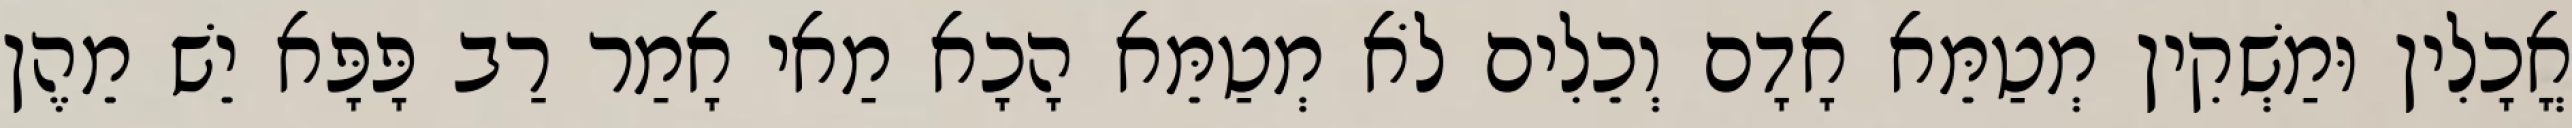
אֳכָלִין וּמַשְׁקִין מְטַמֵּא אָדָם וְכֵלִים לֹא מְטַמֵּא הָכָא מַאי אָמַר רַב פָּפָּא יֵשׁ מֵהֶן